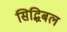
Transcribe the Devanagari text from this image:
सिद्धिबल